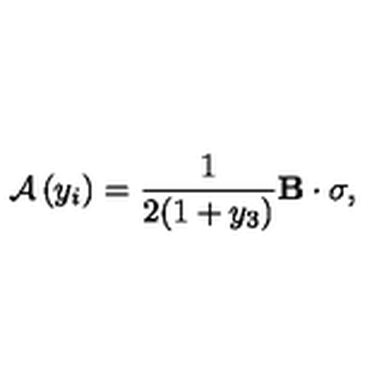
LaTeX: { \cal A } \left( y _ { i } \right) = \frac { 1 } { 2 ( 1 + y _ { 3 } ) } { \bf B } \cdot \mathrm { \boldmath \sigma } ,